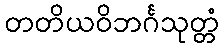
တတိယဝိဘင်္ဂသုတ္တံ